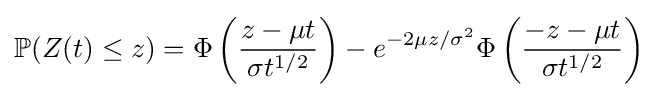
\mathbb {P} (Z(t)\leq z)=\Phi \left({\frac {z-\mu t}{\sigma t^{1/2}}}\right)-e^{-2\mu z/\sigma ^{2}}\Phi \left({\frac {-z-\mu t}{\sigma t^{1/2}}}\right)